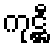
ကုဋ္ဌီ